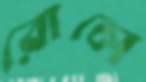
রোলে